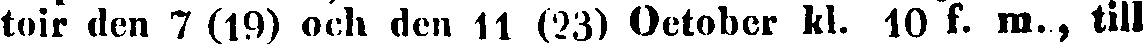
toir den 7 (19) och den 11 (23) October kl. 10 f. m., till